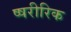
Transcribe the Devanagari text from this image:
ष्षरीरिक